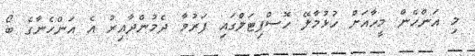
މި އަންހެން މީހާއަށް ހުޅުމާލޭ ހޮސްޕިޓަލްގައި ފަރުވާ ދެމުންދާއިރު އެ އަންހެނާގެ ބޯ